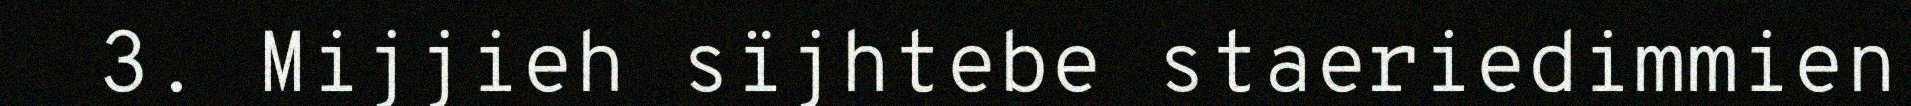
3. Mijjieh sïjhtebe staeriedimmien